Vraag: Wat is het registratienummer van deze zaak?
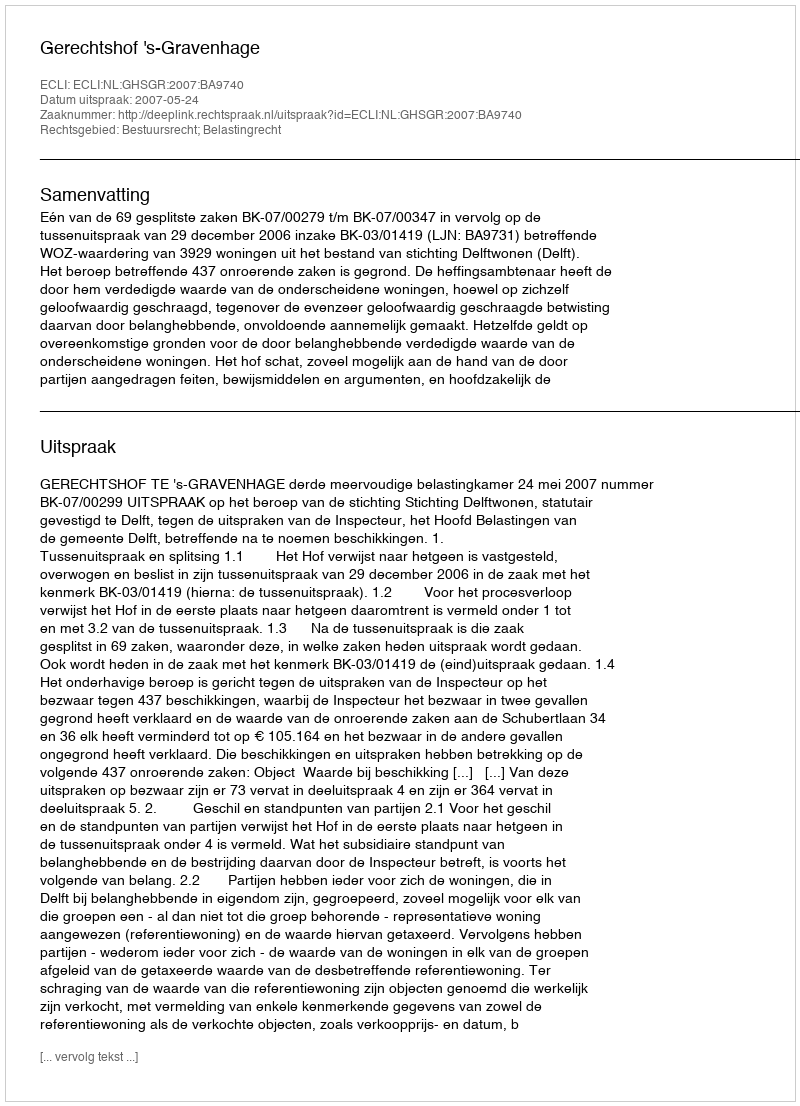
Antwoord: http://deeplink.rechtspraak.nl/uitspraak?id=ECLI:NL:GHSGR:2007:BA9740